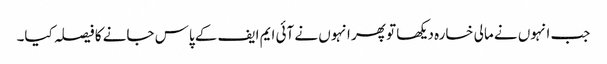
جب انہوں نے مالی خسارہ دیکھا تو پھر انہوں نے آئی ایم ایف کے پاس جانے کا فیصلہ کیا۔